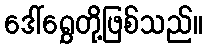
ဒေါ်ရွှေတို့ဖြစ်သည်။